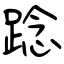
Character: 踗